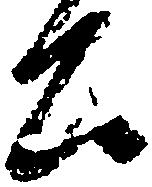
公